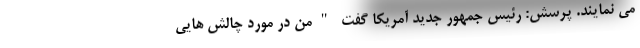
می نمایند. پرسش: رئیس جمهور جدید آمریکا گفت "من در مورد چالش هایی